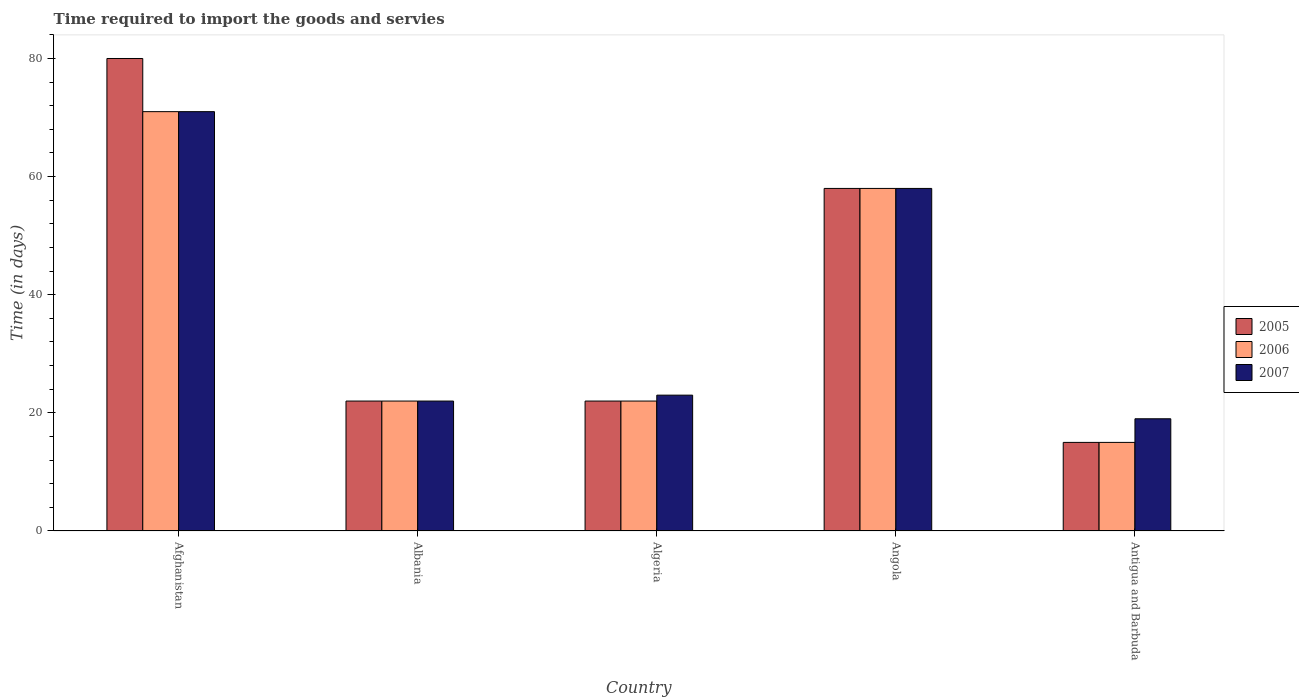
| Country | 2005 | 2006 | 2007 |
 | --- | --- | --- | --- |
 | Afghanistan | 80 | 71 | 71 |
 | Albania | 22 | 22 | 22 |
 | Algeria | 22 | 22 | 23 |
 | Angola | 58 | 58 | 58 |
 | Antigua and Barbuda | 15 | 15 | 19 |